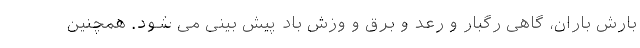
بارش باران، گاهی رگبار و رعد و برق و وزش باد پیش بینی می شود. همچنین